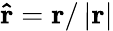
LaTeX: {\mathbf{\hat{r}}}={\mathbf{r}}/\left|{\mathbf{r}}\right|